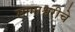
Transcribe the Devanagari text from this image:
सामाश्वरीचे